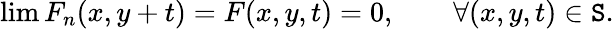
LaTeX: \operatorname*{lim}F_{n}(x,y+t)=F(x,y,t)=0,\quad\quad\forall(x,y,t)\in\mathtt{S}.